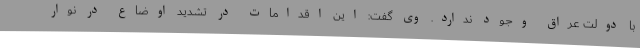
با دولت عراق وجود ندارد. وی گفت: این اقدامات در تشدید اوضاع در نوار